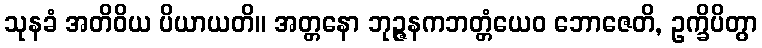
သုနခံ အတိဝိယ ပိယာယတိ။ အတ္တနော ဘုဉ္ဇနကဘတ္တံယေဝ ဘောဇေတိ, ဥက္ခိပိတွာ